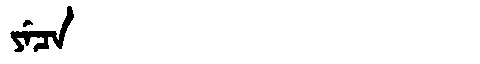
Manchu: ᠶᡝᠴᠠ
Romanization: YECA